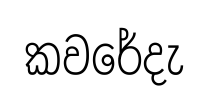
කවරේදැ